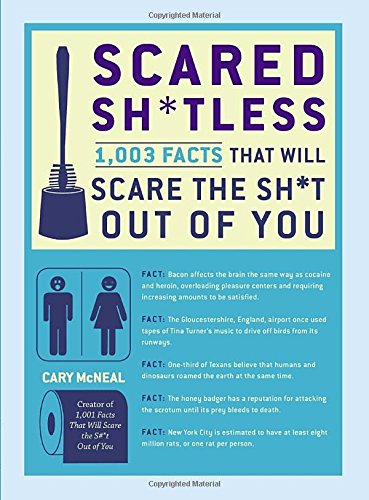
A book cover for Scared Sh*tless: 1,003 Facts That Will Scare the Sh*t Out of You; Cary McNeal; Humor & Entertainment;